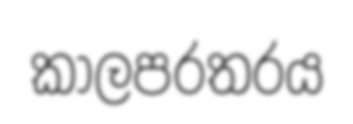
කාලපරතරය